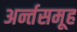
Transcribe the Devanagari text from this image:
अर्न्तसमूह